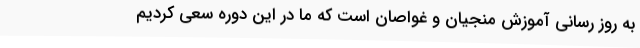
به روز رسانی آموزش منجیان و غواصان است که ما در این دوره سعی کردیم